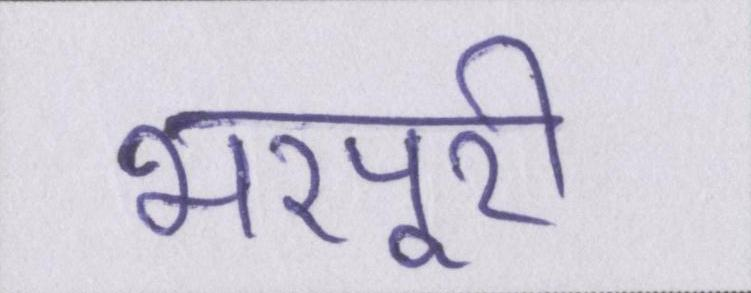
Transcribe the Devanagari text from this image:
भरपूरी